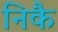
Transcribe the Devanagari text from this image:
निकै